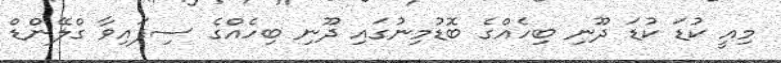
މިއީ ކުޑަ ކުޑަ ދޫނި ބިހެއްގެ ބޮޑުމިނުގައި ދޫނި ބިހެއްގެ ސިފައިވާ ގްލޭންޑް